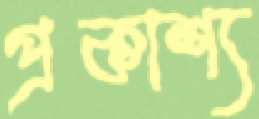
প্রকাশ্য